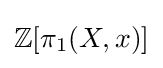
\mathbb {Z} [\pi _{1}(X,x)]